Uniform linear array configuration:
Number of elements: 48
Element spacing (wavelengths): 0.25
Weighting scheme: kaiser
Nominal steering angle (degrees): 0
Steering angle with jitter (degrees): -0.5584
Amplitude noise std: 0.05
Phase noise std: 0.05

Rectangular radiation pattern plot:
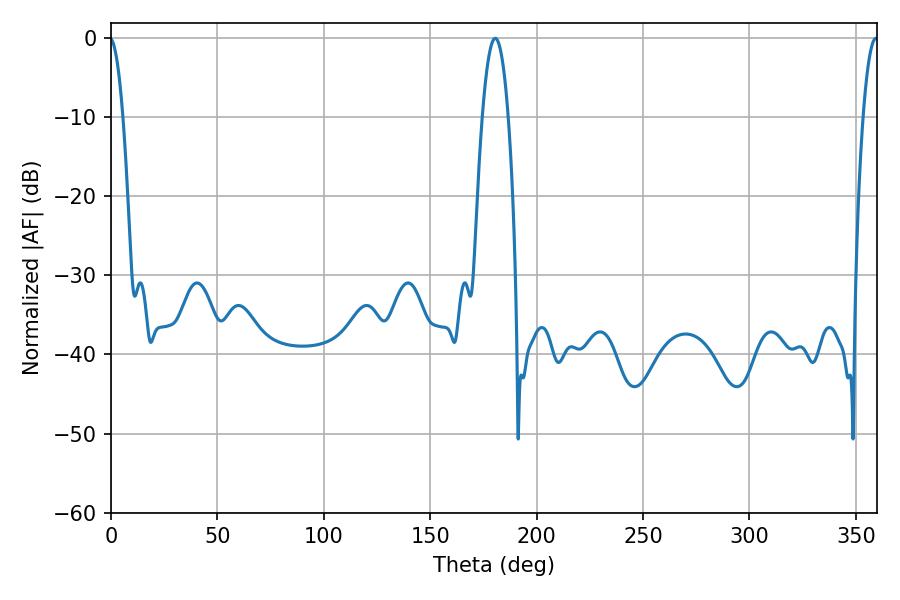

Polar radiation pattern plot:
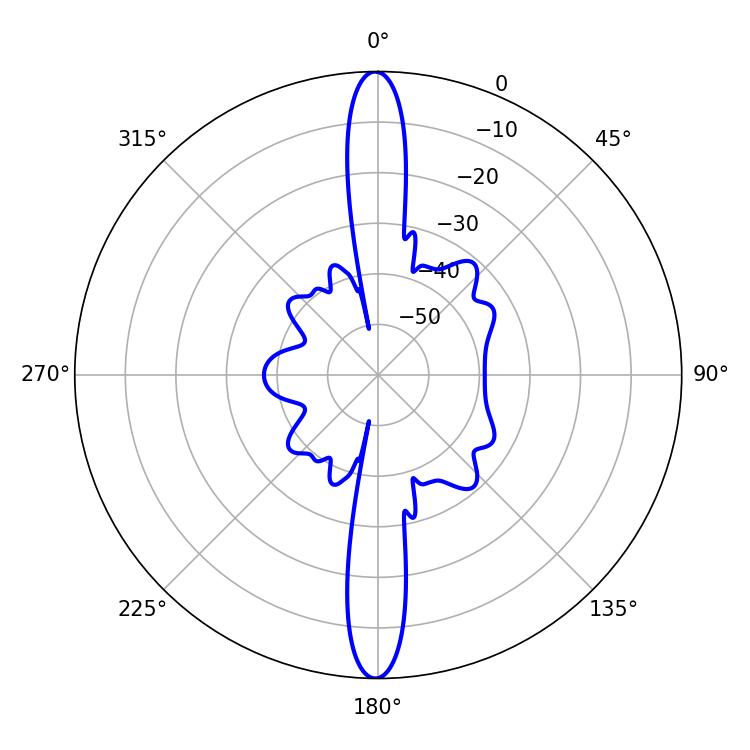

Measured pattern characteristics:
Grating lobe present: FALSE
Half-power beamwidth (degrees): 6.84
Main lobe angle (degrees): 180.54